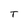
Character: T